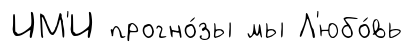
ИМ'И прогно́зы мы Л'юбо́вь